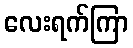
လေးရက်ကြာ